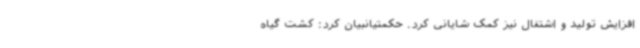
افزایش تولید و اشتغال نیز کمک شایانی کرد. حکمتیانبیان کرد: کشت گیاه